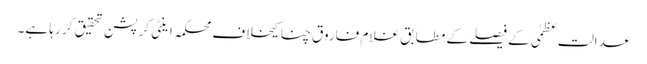
عدالت عظمٰی کے فیصلے کے مطابق غلام فاروق چنا کیخلاف محکمہ اینٹی کرپشن تحقیق کر رہا ہے۔